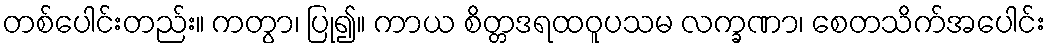
တစ်ပေါင်းတည်း။ ကတွာ၊ ပြု၍။ ကာယ စိတ္တဒရထဝူပသမ လက္ခဏာ၊ စေတသိက်အပေါင်း